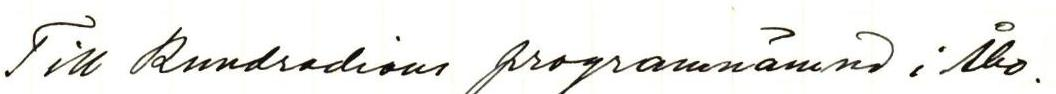
Till Rundradions programnämnd i Åbo.